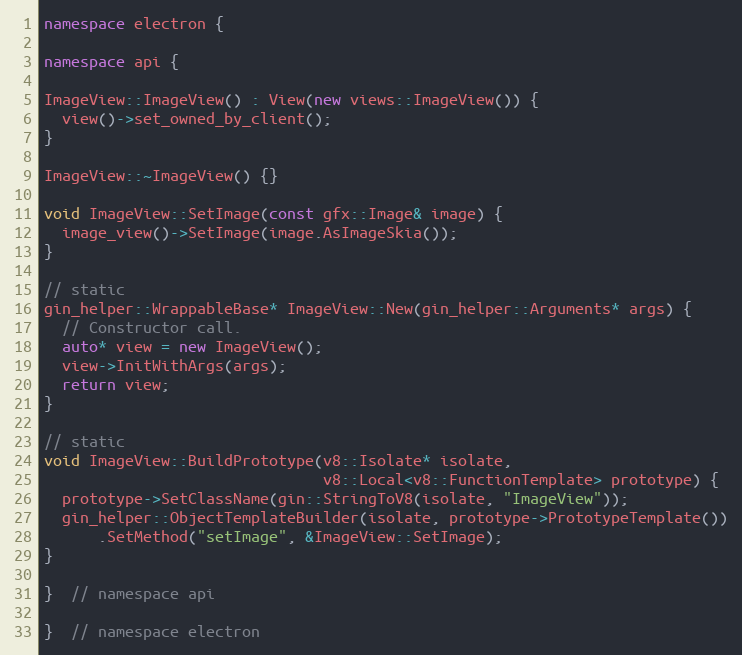
Language: C++
namespace electron {

namespace api {

ImageView::ImageView() : View(new views::ImageView()) {
  view()->set_owned_by_client();
}

ImageView::~ImageView() {}

void ImageView::SetImage(const gfx::Image& image) {
  image_view()->SetImage(image.AsImageSkia());
}

// static
gin_helper::WrappableBase* ImageView::New(gin_helper::Arguments* args) {
  // Constructor call.
  auto* view = new ImageView();
  view->InitWithArgs(args);
  return view;
}

// static
void ImageView::BuildPrototype(v8::Isolate* isolate,
                               v8::Local<v8::FunctionTemplate> prototype) {
  prototype->SetClassName(gin::StringToV8(isolate, "ImageView"));
  gin_helper::ObjectTemplateBuilder(isolate, prototype->PrototypeTemplate())
      .SetMethod("setImage", &ImageView::SetImage);
}

}  // namespace api

}  // namespace electron